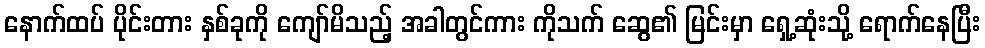
နောက်ထပ် ပိုင်းတား နှစ်ခုကို ကျော်မိသည့် အခါတွင်ကား ကိုသက် ဆွေ၏ မြင်းမှာ ရှေ့ဆုံးသို့ ရောက်နေပြီး